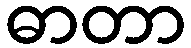
ဓာတာ